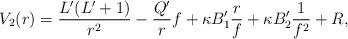
LaTeX: \begin{align*} V_2(r) = \frac{L'(L'+1)}{r^2} - \frac{Q'}{r}f + \kappa B'_1 \frac{r}{f} + \kappa B'_2 \frac{1}{f^2} + R,\end{align*}